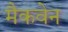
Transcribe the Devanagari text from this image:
मैकवेन